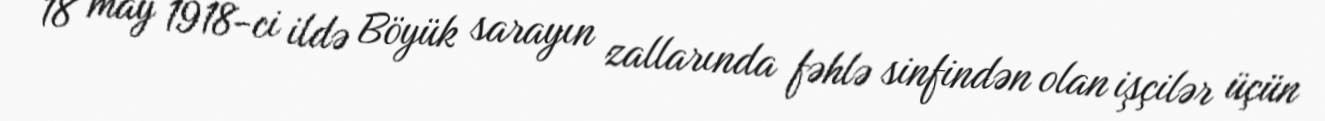
18 may 1918-ci ildə Böyük sarayın zallarında fəhlə sinfindən olan işçilər üçün